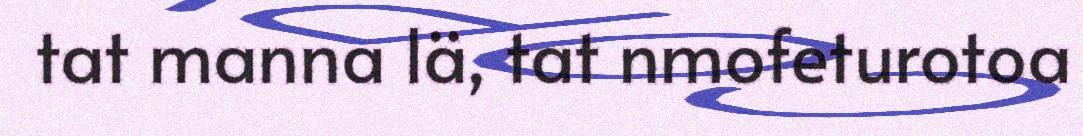
tat manna lä, tat nmofeturotoa